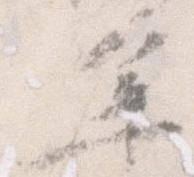
年